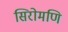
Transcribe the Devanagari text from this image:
सिरोमणि